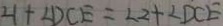
\angle 1 + \angle D C E = \angle 2 + \angle D C E